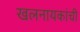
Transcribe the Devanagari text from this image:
खलनायकांची